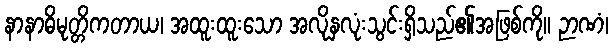
နာနာဓိမုတ္တိကတာယ၊ အထူးထူးသော အလိုနှလုံးသွင်းရှိသည်၏အဖြစ်ကို။ ဉာဏံ၊